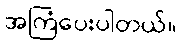
အကြံပေးပါတယ်။